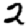
Digit: 2